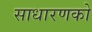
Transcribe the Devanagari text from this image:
साधारणको